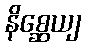
နိစ္ဆေယျ